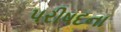
પરીષદના